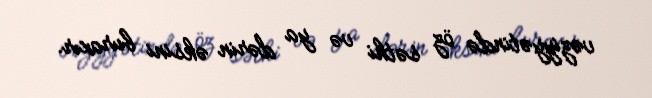
vəziyyətində öz səthi və ya dərin əksini buraxır.